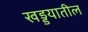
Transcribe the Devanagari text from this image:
खड्डयातील